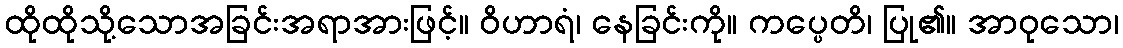
ထိုထိုသို့သောအခြင်းအရာအားဖြင့်။ ဝိဟာရံ၊ နေခြင်းကို။ ကပ္ပေတိ၊ ပြု၏။ အာဝုသော၊